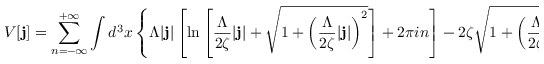
V [ { \bf j } ] = \sum _ { n = - \infty } ^ { + \infty } \int d ^ { 3 } x \left\{ \Lambda | { \bf j } | \left[ \ln \left[ \frac { \Lambda } { 2 \zeta } | { \bf j } | + \sqrt { 1 + \left( \frac { \Lambda } { 2 \zeta } | { \bf j } | \right) ^ { 2 } } \right] + 2 \pi i n \right] - 2 \zeta \sqrt { 1 + \left( \frac { \Lambda } { 2 \zeta } | { \bf j } | \right) ^ { 2 } } \right\} .